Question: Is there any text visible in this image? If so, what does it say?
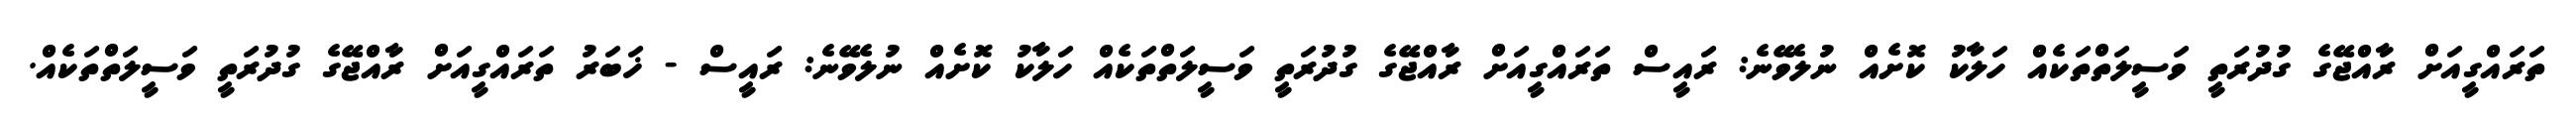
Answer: ތަރައްގީއަށް ރާއްޖޭގެ ގުދުރަތީ ވަސީލަތްތަކެއް ހަލާކު ކޮށެއް ނުލެވޭނެ: ރައީސް ތަރައްގީއަށް ރާއްޖޭގެ ގުދުރަތީ ވަސީލަތްތަކެއް ހަލާކު ކޮށެއް ނުލެވޭނެ: ރައީސް - ޚަބަރު ތަރައްގީއަށް ރާއްޖޭގެ ގުދުރަތީ ވަސީލަތްތަކެއް.